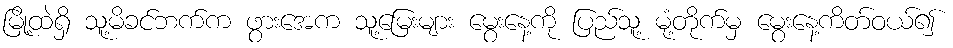
မြို့ထဲရှိ သူ့မိခင်ဘက်က ဖွားအေက သူ့မြေးများ မွေးနေ့ကို ပြည်သူ့ မုံ့တိုက်မှ မွေးနေ့ကိတ်ဝယ်၍